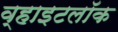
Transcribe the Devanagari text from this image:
व्हाइटलॉक